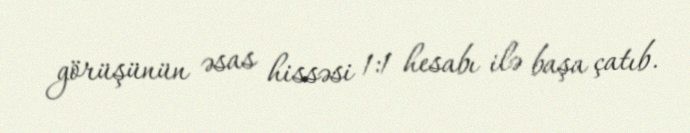
görüşünün əsas hissəsi 1:1 hesabı ilə başa çatıb.